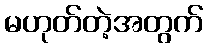
မဟုတ်တဲ့အတွက်